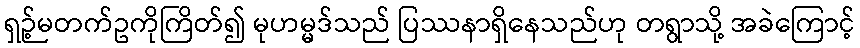
ရှဉ့်မတက်ဥကိုကြိတ်၍ မုဟမ္မဒ်သည် ပြဿနာရှိနေသည်ဟု တရွာသို့ အခဲကြောင့်